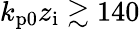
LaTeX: k_{\mathrm{p0}}z_{\mathrm{i}}\gtrsim 140